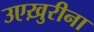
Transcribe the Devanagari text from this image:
उएख़ुरीना